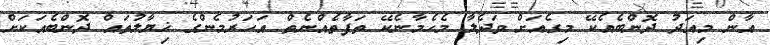
އާން މިއަދު ދޮންބެއެކޭ މިގެއަށް ވަދެލާ މެހެމާނެކޭ ތަފާތެއްނެތް އަހަރުމެންގެ ޚިޔާލުތައް ދޮންބެއަކަށް